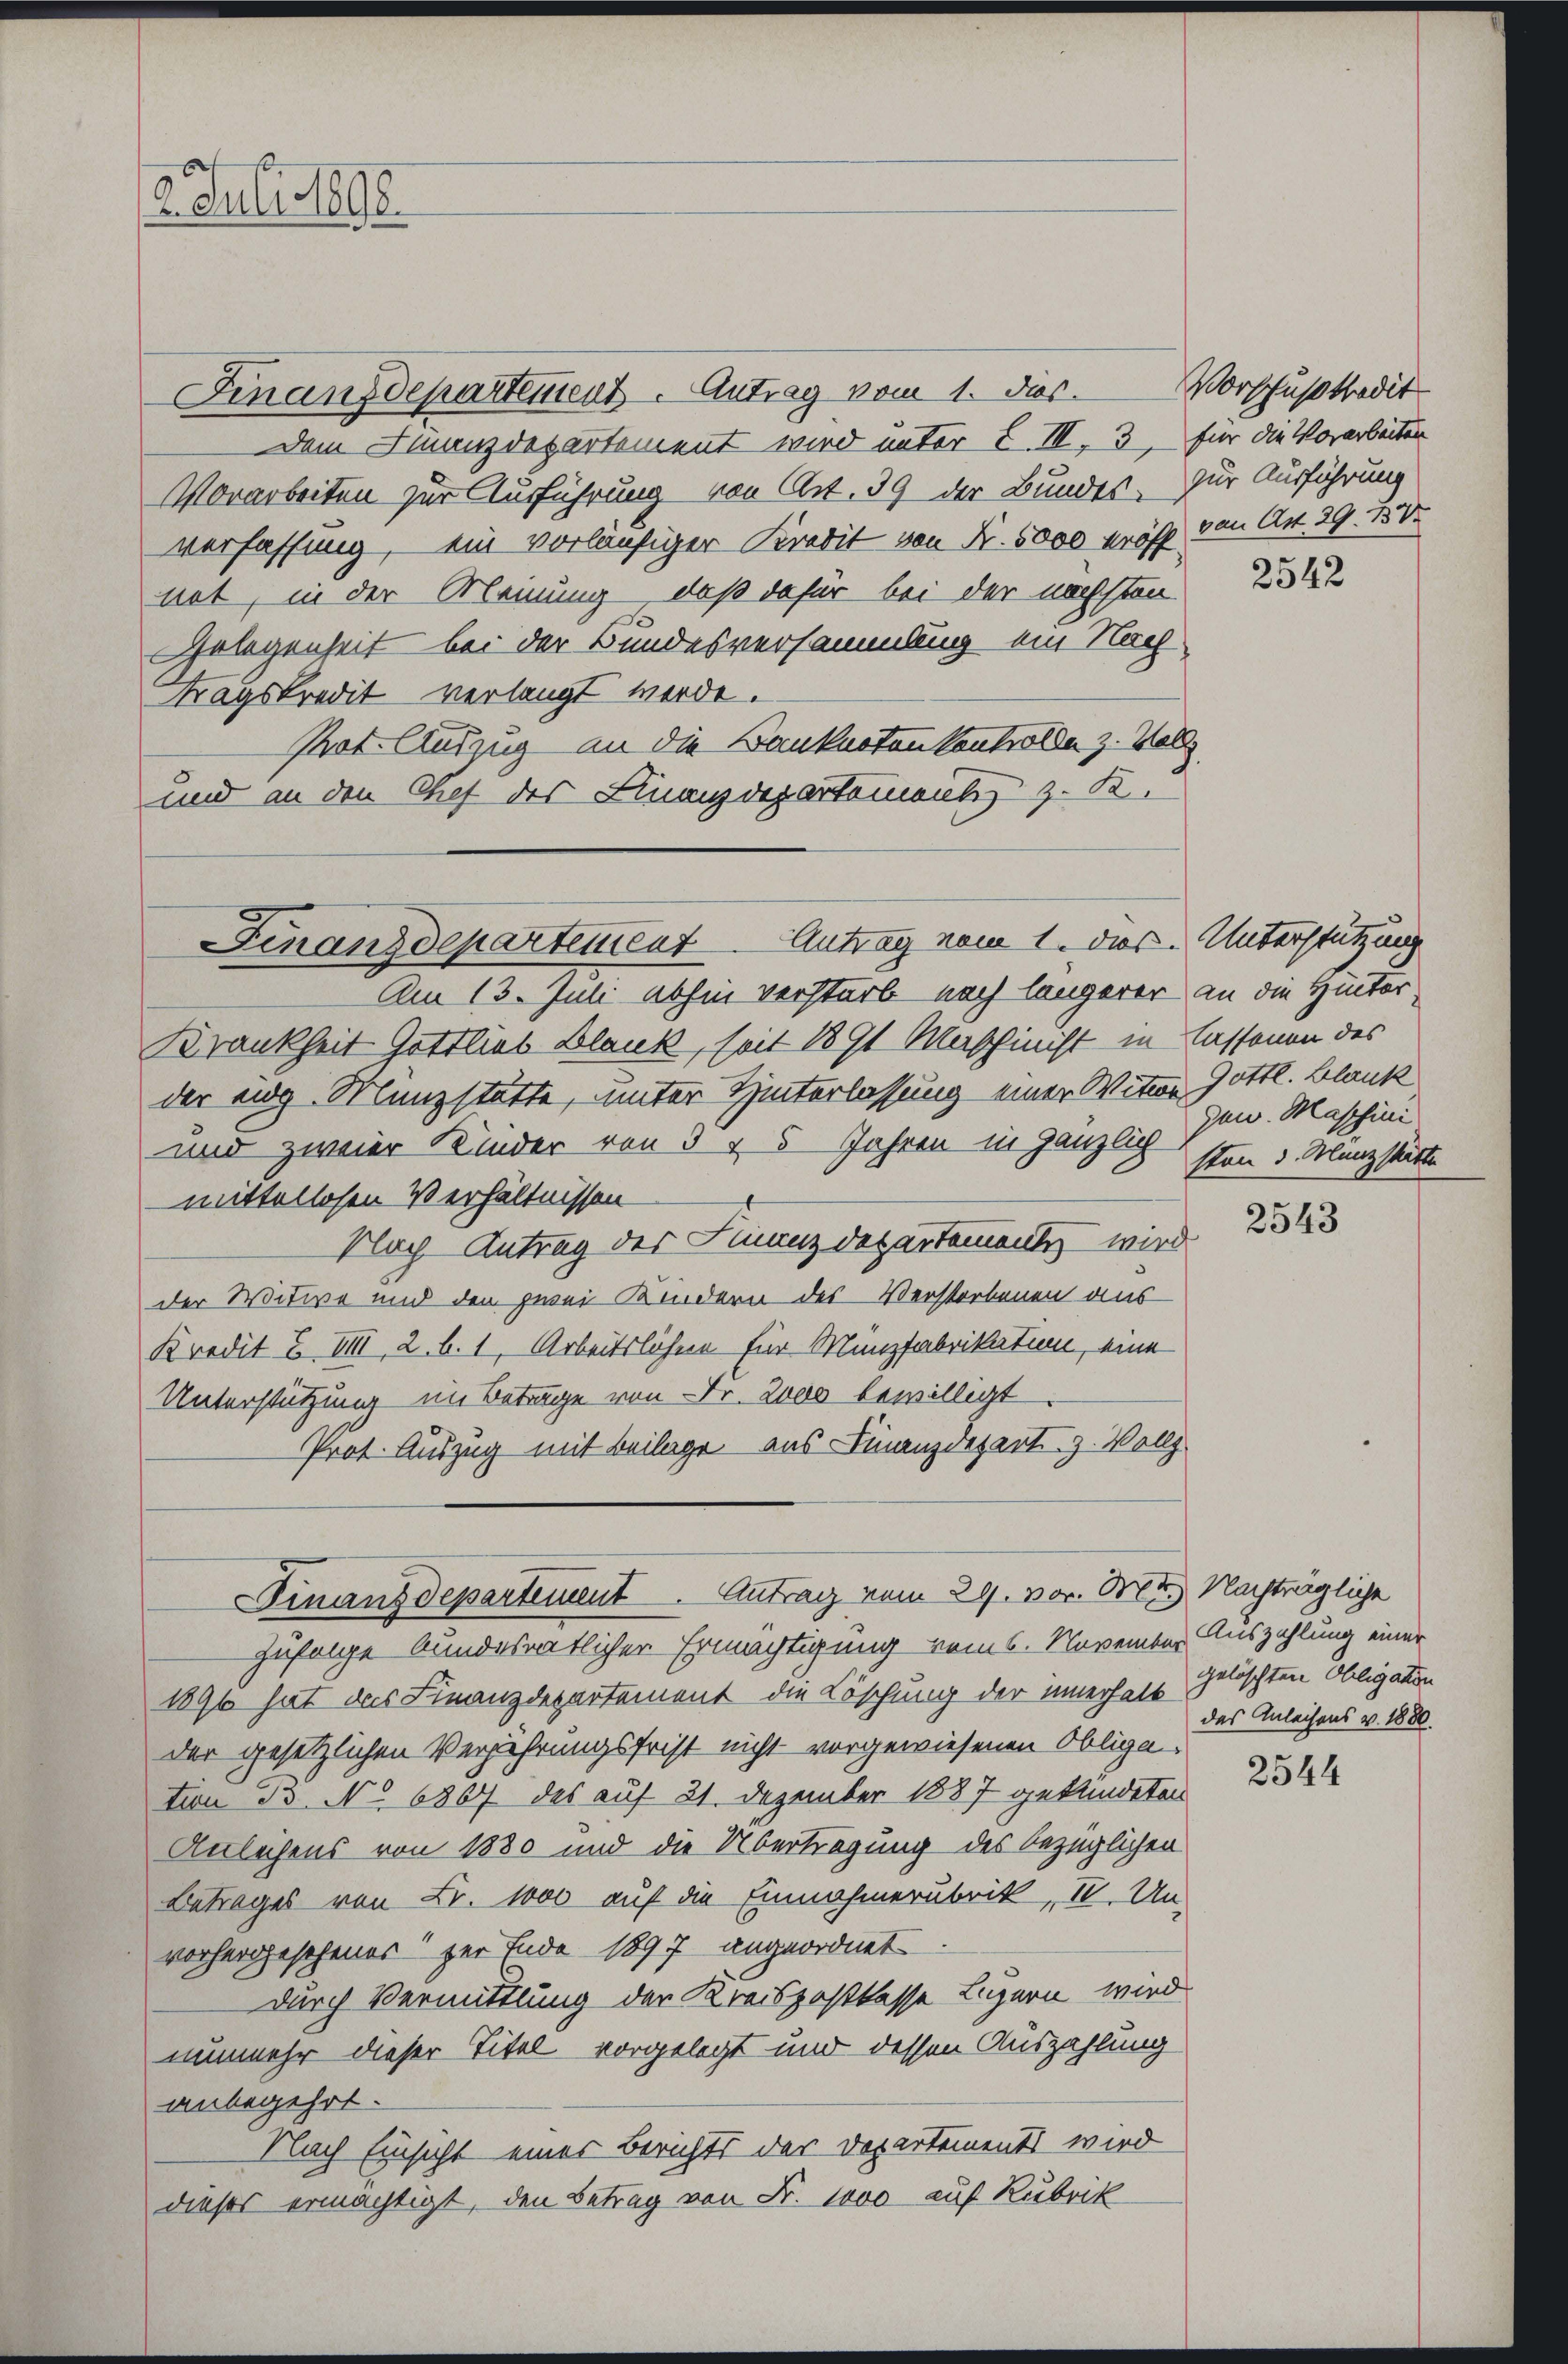
12. Juli 1898.

Finanzdepartement. Antrag vom 1. ds.
dem Finanzdepartement wird unter I. III, 3, für die Vorarbeiten
Vorarbeiten zur Ausführung von Art. 39 der Bundes, für Ausführung
verfassung, – ein vorläufiger Kredit von Nr. 5000 kröft von Art. 39. 150.
not, in der Meinung, daß dafür bei der nächsten
Gelegenheit bei der Bundesversammlung ein Nach
tragskredit verlangt werde.
Pot. Auszug an die Kanknoten kontrolle z. Vollz
und an den Chef des Finanzdepartement z. K.

Finanzdepartement Antrag vom 1. dir. Unterstützung

Finanzdepartement. Antrag vom 29. vor. Mt. Nachträgliche

Am 13. Juli abhin verstarb nach längerer an die Hinter
Krankheit Gottlieb Blank, seit 1891 Maschinist in Cassenen des
der aug. Manzstätte, unter Hinterlassung einer Witwe Gottl. Blank
und zweier Kinder von 3 & 5 Jahren in gänzlich
mittellosen Verhältnissen.
Flach Antrag der Finanzdepartemente wird
der Witwe und den zwei Kindern des Verstorbenen aus
Kredit Z VIII, 2. b. 1, Arbeitslöhne für Münzfabrikatio, eine
Unterstützung im Betrage von Fr. 2000 bewilligt
Prot. Auszug mit Beilage aus Finanzdepart z. Vollz

Vorschuß tradit

zufange bundesratlicher Ermächtigung vom 6. November Auszahlung einer
1896 hat das Finanzdepartement die Löschung der innerhalb
der gesetzlichen Verjährungsfrist nicht vorgewiesenen Obliga-
tion B. No. 6867 des auf 21. Dezember 1887 gekündeten
Anleihens von 1880 und die Übertragung des bezüglichen
Betrages von Fr. 1000 auf die Einnahmerubrik, II. Un-
vorhergeschener der Ende 1897 angeordnet
durch Vermittlung der Kreispostkasse Luzern wird
nunmehr dieser Titel vorgelegt und dessen Auszahlung
anbegehrt.
Nach Einsicht einer Berichts der Departements wird
dieses ermächtigt, den Betrag von Fr. 1000 auf Rubrik

2542

gew. Maschini
sten d. Manz statte

2543

gelöschten Obligation
das Anleihens v. 1880.

2544